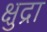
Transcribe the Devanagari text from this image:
क्षुद्रा